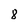
Character: 8